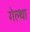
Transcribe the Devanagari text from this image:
गेल्था